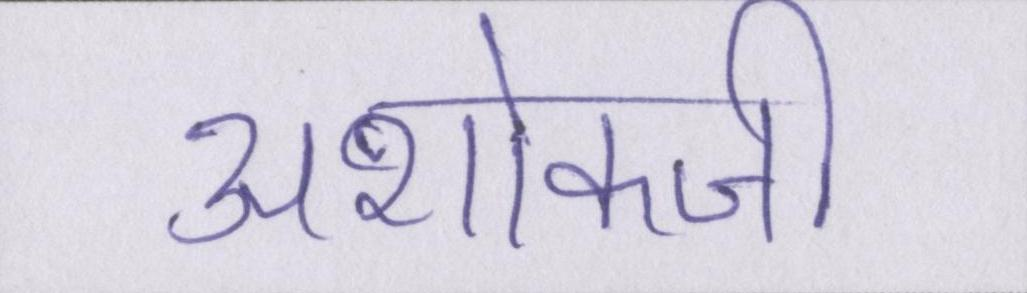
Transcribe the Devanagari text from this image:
अशोकजी